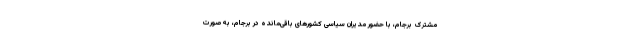
مشترک برجام، با حضور مدیران سیاسی کشورهای باقی‌مانده در برجام، به‌صورت